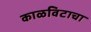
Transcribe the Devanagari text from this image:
काळविटाचा